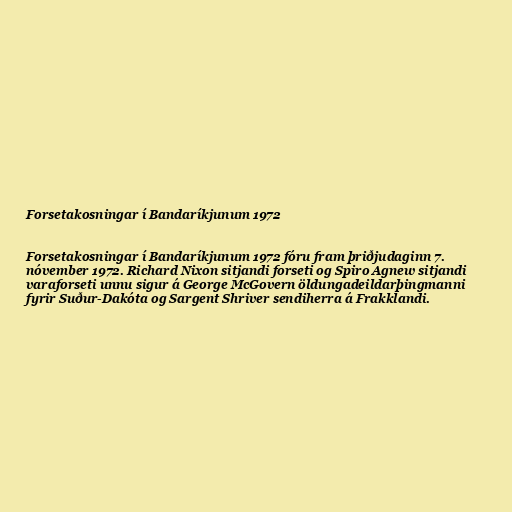
Forsetakosningar í Bandaríkjunum 1972

Forsetakosningar í Bandaríkjunum 1972 fóru fram þriðjudaginn 7.
nóvember 1972. Richard Nixon sitjandi forseti og Spiro Agnew sitjandi
varaforseti unnu sigur á George McGovern öldungadeildarþingmanni
fyrir Suður-Dakóta og Sargent Shriver sendiherra á Frakklandi.